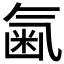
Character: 𣱥